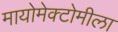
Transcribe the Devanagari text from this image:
मायोमेक्टोमीला